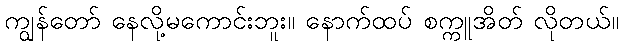
ကျွန်တော် နေလို့မကောင်းဘူး။ နောက်ထပ် စက္ကူအိတ် လိုတယ်။